Civil Veterinary Department Bihar reports 1940-50 - 1940-1950
Year: 1940
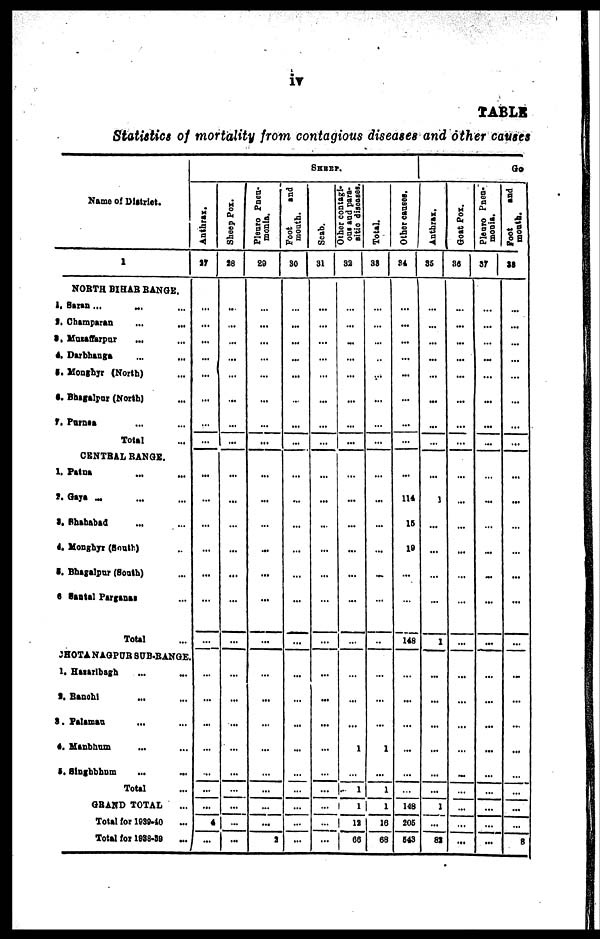
iv
TABLE
Statistics of mortality from contagious diseases and other causes
Name of District.
1
NORTH BIHAR RANGE.
1. Saran ... ... ...
2. Champaran ... ...
3. Muzaffarpur ... ...
4. Darbhanga ... ...
5. Monghyr (North) ...
6. Bhagalpur (North) ...
7. Purnea ... ...
Total …
CENTRAL RANGE.
1. Patna ... ...
2. Gaya ... ... ...
3. Shahabad ... ...
4. Monghyr (South) ...
5. Bhagalpur (South) ...
6 Santal Parganas ...
Total ...
CHOTA NAGPUR SUB-RANGE
1. Hazaribagh ... ...
2. Ranchi ... ...
3. Palamau ... ...
4.
Manbhum
... ...
5. Singhbhum ... ...
Total …
GRAND TOTAL ...
Total for 1939-40 ...
Total for 1938-39
SHEEP.
Anthrax.
27
…
...
...
...
...
...
…
…
...
...
...
...
...
...
…
…
...
...
...
…
…
...
4
...
Sheep Pox.
28
...
...
…
...
…
...
...
...
...
...
...
...
...
...
...
...
...
...
...
…
…
…
…
...
Pleuro Pneu-
monia.
29
…
...
...
…
…
...
...
...
...
...
...
...
...
...
...
...
...
…
...
...
...
…
...
2
Foot
and
mouth.
30
…
...
...
...
...
…
...
...
...
…
…
...
…
...
...
...
…
...
...
…
…
…
…
...
Scab.
31
...
…
...
…
...
...
...
...
...
...
...
...
…
...
...
…
...
...
…
…
…
…
…
Other contagi-
ous and para-
sitic diseases.
32
…
...
...
...
...
...
...
...
...
...
...
...
...
...
…
…
…
...
1
…
1
1
12
66
Total.
38
...
…
…
…
…
...
…
…
…
...
…
...
...
…
…
…
...
...
1
...
1
1
16
68
Other causes.
34
…
...
...
...
...
…
...
…
…
114
15
19
...
…
148
…
...
…
...
…
…
148
205
643
Go
Anthrax.
35
…
…
…
...
...
...
...
…
...
1
...
...
…
...
1
...
...
...
...
…
...
1
...
82
Goat Pox.
36
…
...
...
...
...
...
...
…
...
…
...
...
...
...
…
...
...
...
…
...
…
…
...
...
Pleuro Pneu-
monia.
37
...
...
…
...
...
...
...
...
…
...
...
...
...
...
...
…
...
...
...
...
…
…
…
...
Foot
and
mouth.
38
…
...
…
…
…
…
…
...
...
...
…
…
...
...
...
...
...
...
...
...
…
...
...
8